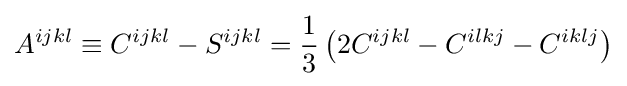
A^{ijkl}\equiv C^{ijkl}-S^{ijkl}={\frac {1}{3}}\left(2C^{ijkl}-C^{ilkj}-C^{iklj}\right)